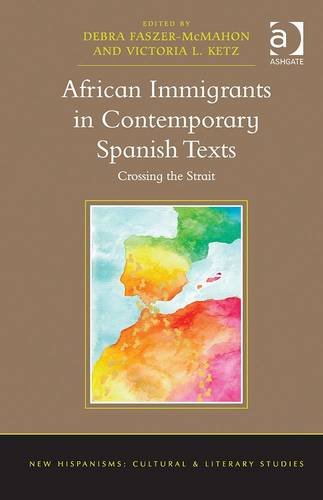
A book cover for African Immigrants in Contemporary Spanish Texts: Crossing the Strait (New Hispanisms: Cultural and Literary Studies); Literature & Fiction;